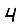
Digit: 4